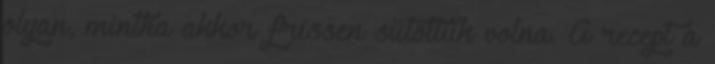
olyan, mintha akkor frissen sütöttük volna. A recept a